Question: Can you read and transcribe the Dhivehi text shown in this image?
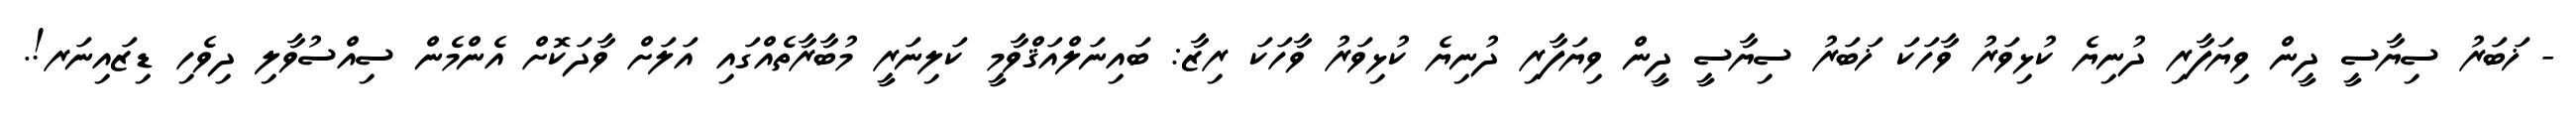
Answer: - ޚަބަރު ސިޔާސީ ދީން ވިޔަފާރި ދުނިޔެ ކުޅިވަރު ވާހަކަ ޚަބަރު ސިޔާސީ ދީން ވިޔަފާރި ދުނިޔެ ކުޅިވަރު ވާހަކަ ރިޒާ: ބައިނަލްއަޤްވާމީ ކަލިނަރީ މުބާރާތެއްގައި އަލަށް ވާދަކޮށް އެންމެން ސިއްސުވާލި ދިވެހި ޑިޒައިނަރ!.